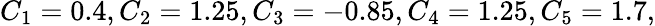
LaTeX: C_{1}=0.4,C_{2}=1.25,C_{3}=-0.85,C_{4}=1.25,C_{5}=1.7,